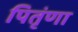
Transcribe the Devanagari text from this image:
पितृंणा